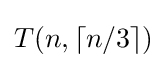
T(n,\lceil n/3\rceil )